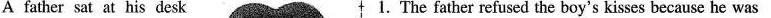
'A father sat at his desk 1.The father refused the boy's kisses because he was